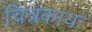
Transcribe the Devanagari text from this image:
चित्रकायः